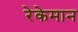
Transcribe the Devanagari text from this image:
रेकेमान